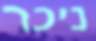
ניכר